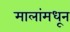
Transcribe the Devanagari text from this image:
मालांमधून